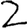
Digit: 2